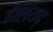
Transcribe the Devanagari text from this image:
ईलियद्